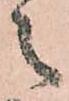
之